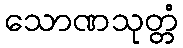
သောဏသုတ္တံ